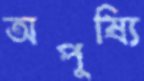
অপুষ্যি